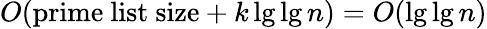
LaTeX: O({\mathrm{prime~list~size}}+k\lg\lg n)=O(\lg\lg n)